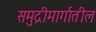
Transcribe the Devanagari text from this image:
समुद्रीमार्गातील